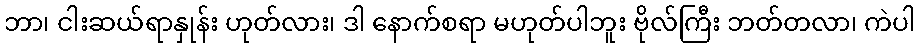
ဘာ၊ ငါးဆယ်ရာနှုန်း ဟုတ်လား၊ ဒါ နောက်စရာ မဟုတ်ပါဘူး ဗိုလ်ကြီး ဘတ်တလာ၊ ကဲပါ